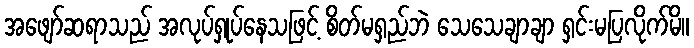
အဖျော်ဆရာသည် အလုပ်ရှုပ်နေသဖြင့် စိတ်မရှည်ဘဲ သေသေချာချာ ရှင်းမပြလိုက်မိ။